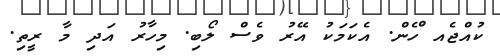
ކުއްޖެއ ްހެން. އެކަމަކު އޭރު ވެސް ލޯބި. މިހާރު އަދި މާ ރީތި.